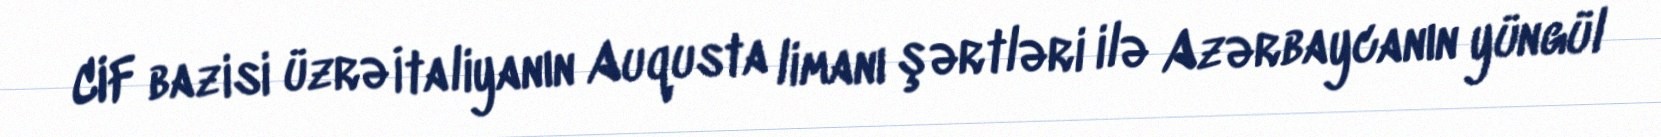
CIF bazisi üzrə İtaliyanın Auqusta limanı şərtləri ilə Azərbaycanın yüngül